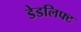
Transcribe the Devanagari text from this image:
डेडलिफ्ट